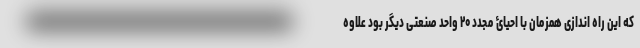
که این راه اندازی همزمان با احیائ مجدد ۲۰ واحد صنعتی دیگر بود علاوه